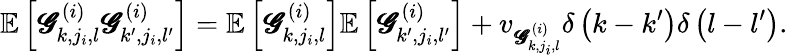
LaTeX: \mathbb{E}\left[\pmb{\mathscr{G}}_{k,j_{i},l}^{(i)}\pmb{\mathscr{G}}_{k^{\prime},j_{i},l^{\prime}}^{(i)}\right]=\mathbb{E}\left[\pmb{\mathscr{G}}_{k,j_{i},l}^{(i)}\right]\mathbb{E}\left[\pmb{\mathscr{G}}_{k^{\prime},j_{i},l^{\prime}}^{(i)}\right]+v_{\pmb{\mathscr{G}}_{k,j_{i},l}^{(i)}}\delta\left(k-k^{\prime}\right)\delta\left(l-l^{\prime}\right).